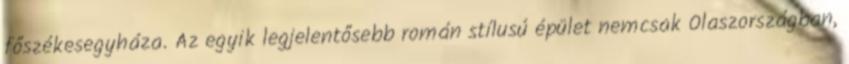
főszékesegyháza. Az egyik legjelentősebb román stílusú épület nemcsak Olaszországban,